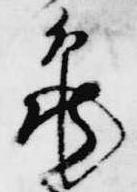
亀